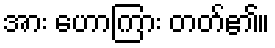
အား ဟောကြား တတ်၏။